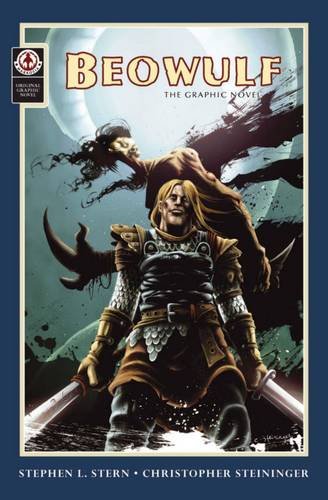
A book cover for Beowulf: The Graphic Novel; Stephen Stern; Comics & Graphic Novels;